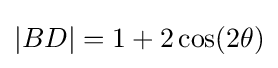
|BD|=1+2\cos(2\theta )